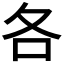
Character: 各